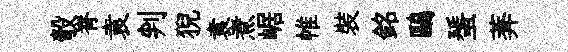
彀脊袁判猊袁煮崌帷裝銘鷗蜑莾